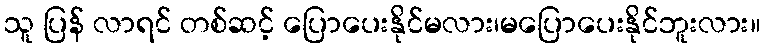
သူ ပြန် လာရင် တစ်ဆင့် ပြောပေးနိုင်မလား၊မပြောပေးနိုင်ဘူးလား။